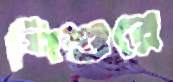
শিশুরে